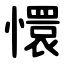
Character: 懁